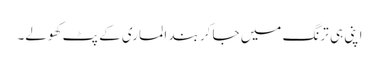
اپنی ہی ترنگ میں جا کر بند الماری کے پٹ کھولے۔